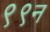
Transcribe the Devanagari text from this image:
९९न